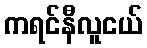
ကရင်နီလူငယ်